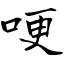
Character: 哽